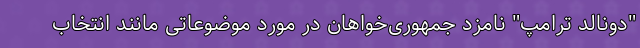
"دونالد ترامپ" نامزد جمهوری‌‌خواهان در مورد موضوعاتی مانند انتخاب